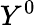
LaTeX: Y^{0}